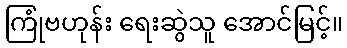
ကြုံဗဟုန်း ရေးဆွဲသူ အောင်မြင့်။